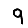
Digit: 9